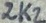
Text: 2K2